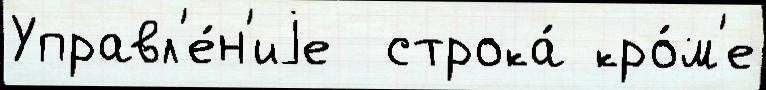
Управл'е́н'иjе  строка́ кро́м'е